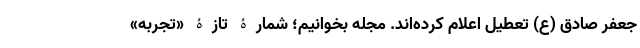
جعفر صادق (ع) تعطیل اعلام کرده‌اند. مجله بخوانیم؛ شمارۀ تازۀ «تجربه»